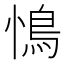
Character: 𮬩